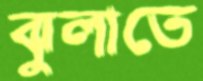
ঝুলাতে